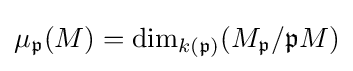
\mu _{\mathfrak {p}}(M)=\operatorname {dim} _{k({\mathfrak {p}})}(M_{\mathfrak {p}}/{\mathfrak {p}}M)